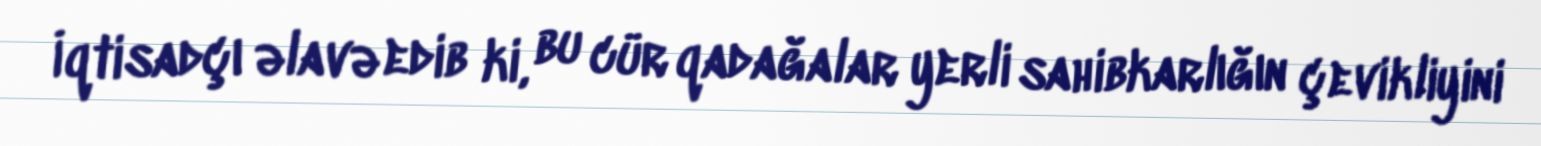
İqtisadçı əlavə edib ki, bu cür qadağalar yerli sahibkarlığın çevikliyini